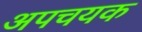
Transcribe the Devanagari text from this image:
अपचयक